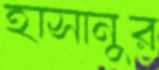
হাসানুর